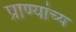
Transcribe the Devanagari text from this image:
प्राण्यांच्य